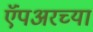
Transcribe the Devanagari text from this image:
ऍंपअरच्या